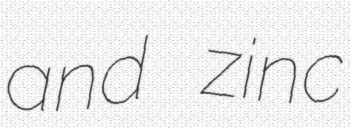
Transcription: and zinc